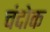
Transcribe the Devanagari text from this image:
चंदोक